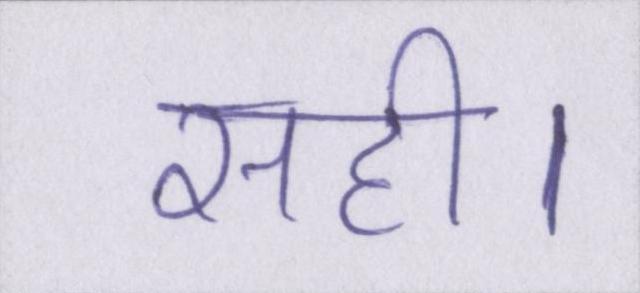
सही।